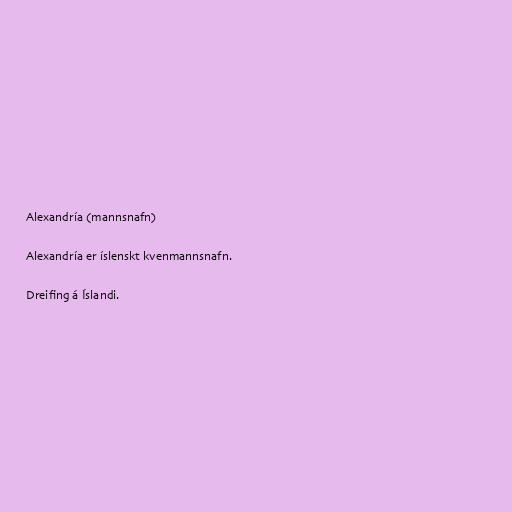
Alexandría (mannsnafn)

Alexandría er íslenskt kvenmannsnafn.

Dreifing á Íslandi.